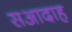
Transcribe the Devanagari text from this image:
सआदाह